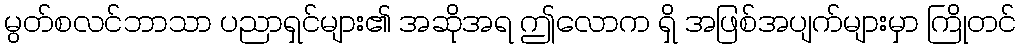
မွတ်စလင်ဘာသာ ပညာရှင်များ၏ အဆိုအရ ဤလောက ရှိ အဖြစ်အပျက်များမှာ ကြိုတင်